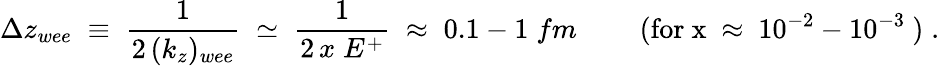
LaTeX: \Delta z_{wee}\; \equiv\; \frac{1}{2\, (k_{z})_{wee}}\; \simeq\; \frac{1}{2\, x\; E^{+}}\; \approx\; 0.1-1\; fm\; \; \; \; \; \; \; \; (\mathrm{for~x~\approx~10^{-2}-10^{-3}~})\; .